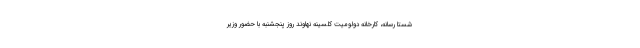
شستا رسانه، کارخانه دولومیت کلسینه نهاوند روز پنجشنبه با حضور وزیر